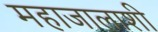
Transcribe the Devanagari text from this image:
महाजालाशी